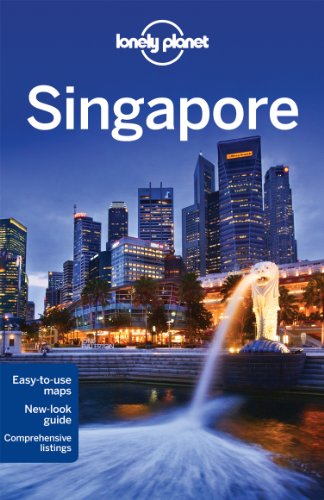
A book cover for Lonely Planet Singapore (Travel Guide); Lonely Planet; Travel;